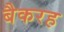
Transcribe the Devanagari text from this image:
बैकरह